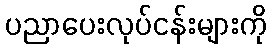
ပညာပေးလုပ်ငန်းများကို